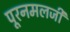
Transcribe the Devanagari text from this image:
पूरनमलजी